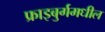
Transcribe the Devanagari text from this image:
फ्राइबुर्गमधील